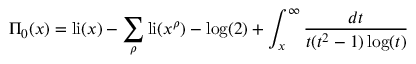
\Pi _ { 0 } ( x ) = \operatorname { l i } ( x ) - \sum _ { \rho } \operatorname { l i } ( x ^ { \rho } ) - \log ( 2 ) + \int _ { x } ^ { \infty } { \frac { d t } { t ( t ^ { 2 } - 1 ) \log ( t ) } }